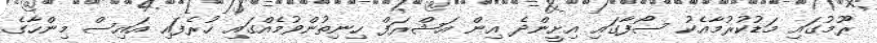
ރޫމުގައި މަޑުކުރުމާއެކު ސޯފާގައި އިށީންދެ އިން އަޝްރަފް ހިނިތުންވުމެއްގައި ހުރެފައި އައިސް މިންހާގެ